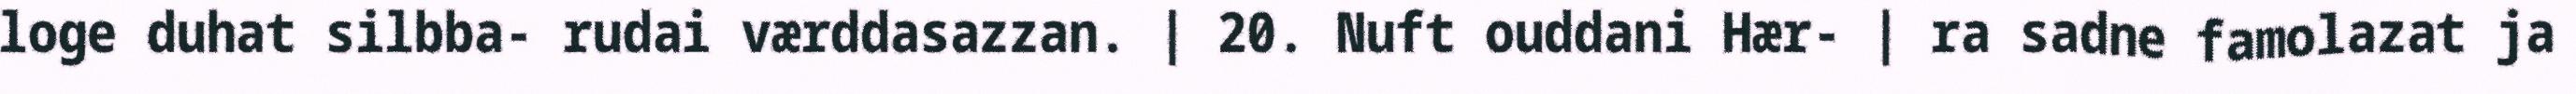
loge duhat silbba- rudai værddasazzan. | 20. Nuft ouddani Hær- | ra sadne famolazat ja